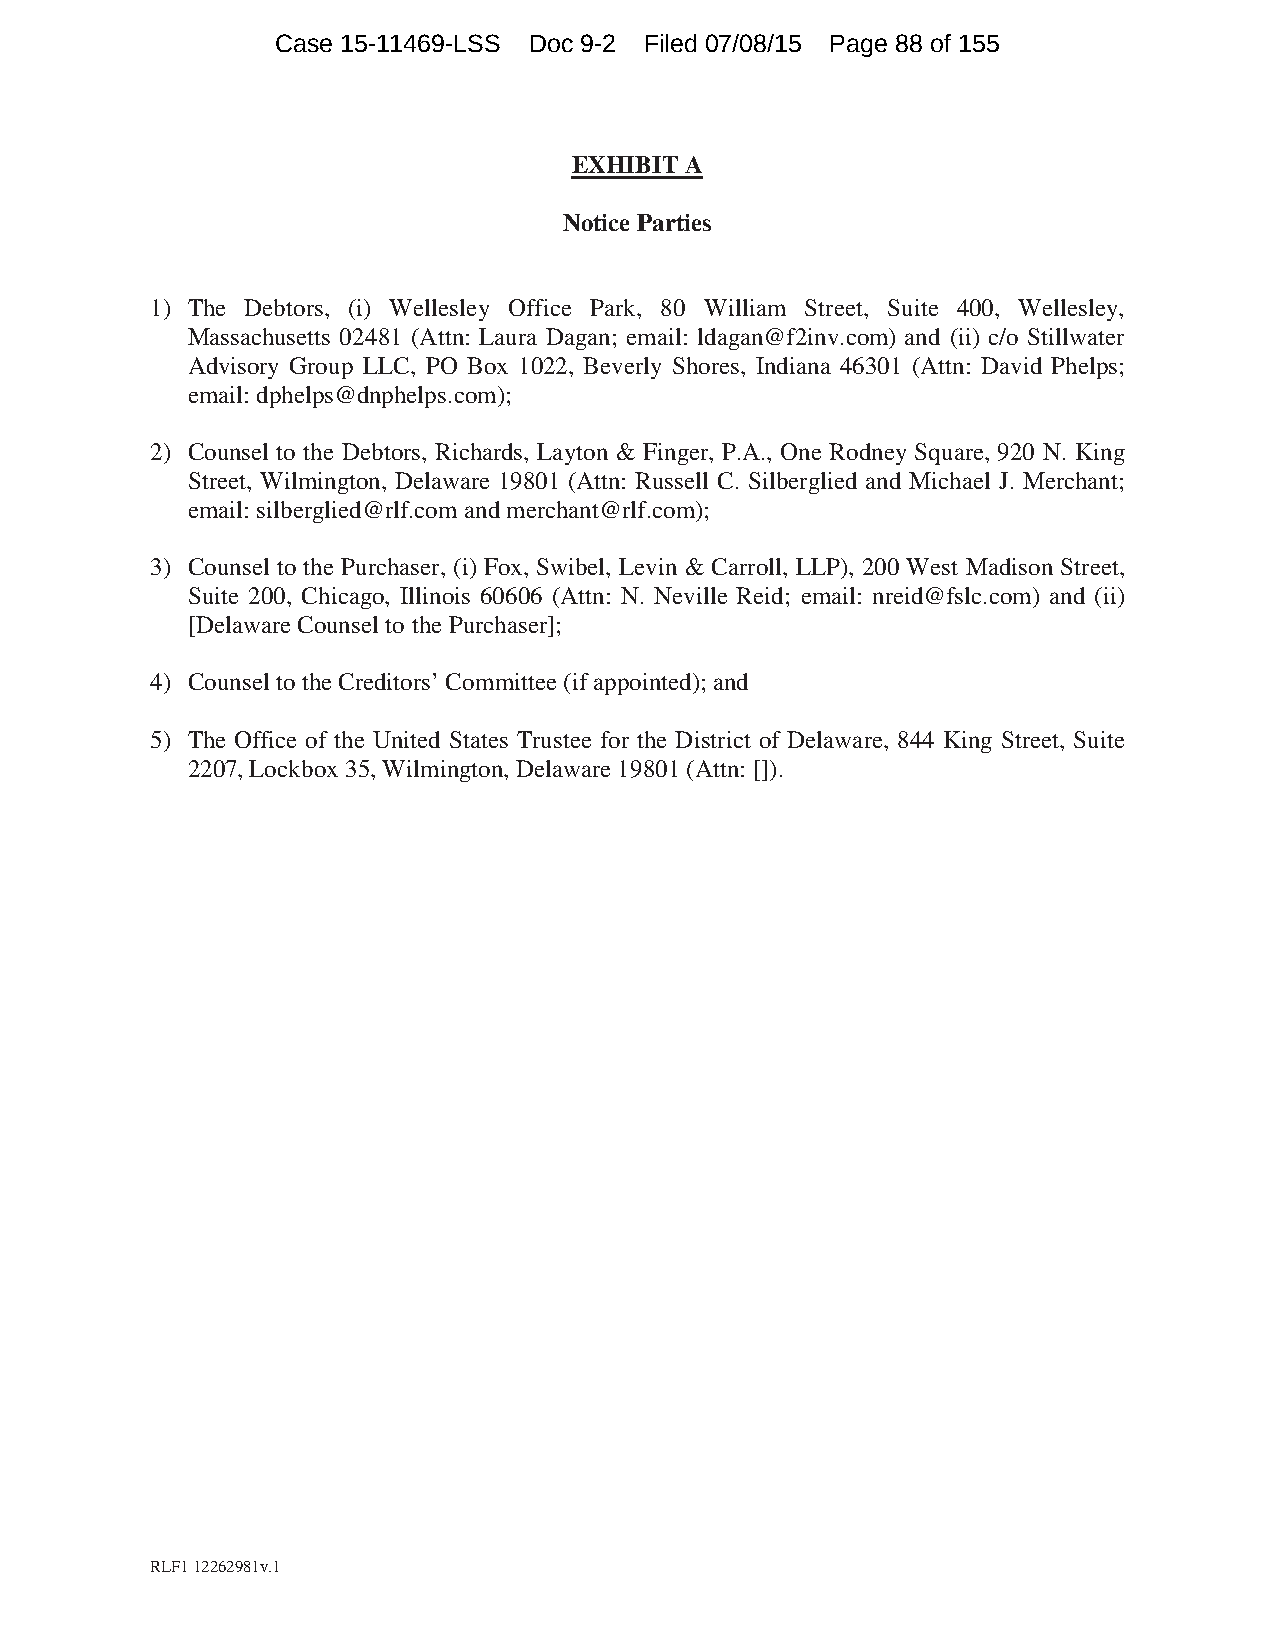
Case 15-11469-LSS Doc 9-2 Filed 07/08/15 Page 88 of 155
 EXHIBIT A
 Notice Parties
 1) The Debtors, (i) Wellesley Office Park, 80 William Street, Suite 400, Wellesley,
 Massachusetts 02481 (Attn: Laura Dagan; email: ldagan@f2inv.com) and (ii) c/o Stillwater
 Advisory Group LLC, PO Box 1022, Beverly Shores, Indiana 46301 (Attn: David Phelps;
 email: dphelps@dnphelps.com);
 2) Counsel to the Debtors, Richards, Layton & Finger, P.A., One Rodney Square, 920 N. King
 Street, Wilmington, Delaware 19801 (Attn: Russell C. Silberglied and Michael J. Merchant;
 email: silberglied@rlf.com and merchant@rlf.com);
 3) Counsel to the Purchaser, (i) Fox, Swibel, Levin & Carroll, LLP), 200 West Madison Street,
 Suite 200, Chicago, Illinois 60606 (Attn: N. Neville Reid; email: nreid@fslc.com) and (ii)
 [Delaware Counsel to the Purchaser];
 4) Counsel to the Creditors’ Committee (if appointed); and
 5) The Office of the United States Trustee for the District of Delaware, 844 King Street, Suite
 2207, Lockbox 35, Wilmington, Delaware 19801 (Attn: []).
 RLF1 12262981v.1